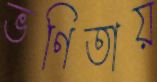
ভণিতায়